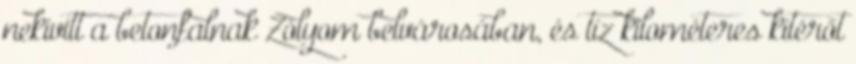
nekivitt a betonfalnak Zólyom belvárosában, és tíz kilométeres kitérőt